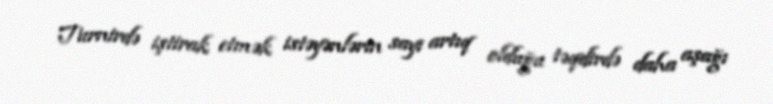
Turnirdə iştirak etmək istəyənlərin sayı artıq olduğu təqdirdə daha aşağı